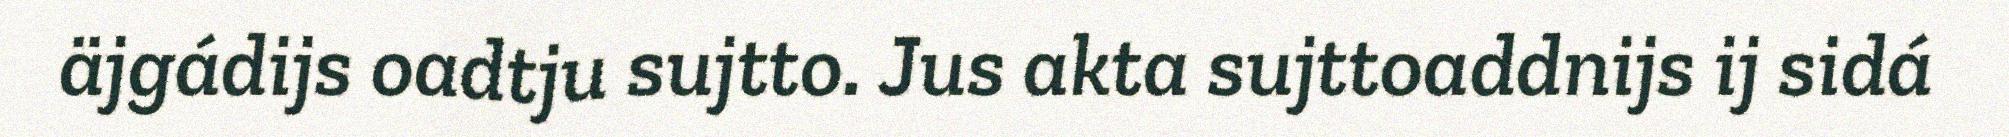
äjgádijs oadtju sujtto. Jus akta sujttoaddnijs ij sidá